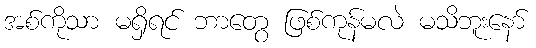
အစ်ကိုသာ မရှိရင် ဘာတွေ ဖြစ်ကုန်မလဲ မသိဘူးနော်